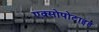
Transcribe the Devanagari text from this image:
एक्सोपोटाइड